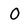
Character: O